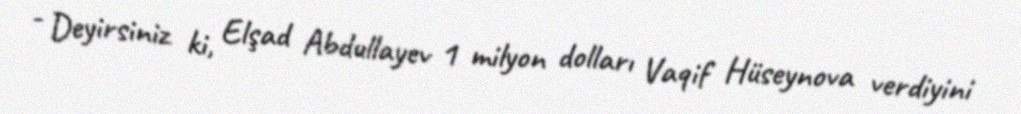
- Deyirsiniz ki, Elşad Abdullayev 1 milyon dolları Vaqif Hüseynova verdiyini